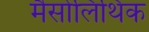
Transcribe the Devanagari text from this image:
मैसोलिथिक